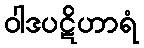
ဝါဒပဋိဟာရံ